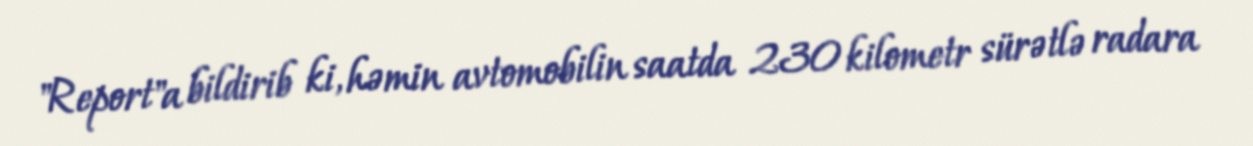
"Report"a bildirib ki, həmin avtomobilin saatda 230 kilometr sürətlə radara